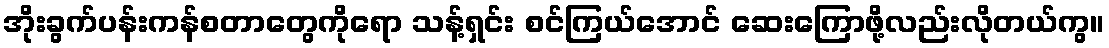
အိုးခွက်ပန်းကန်စတာတွေကိုရော သန့်ရှင်း စင်ကြယ်အောင် ဆေးကြောဖို့လည်းလိုတယ်ကွ။